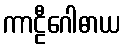
ကာဠီဂေါဓာယ